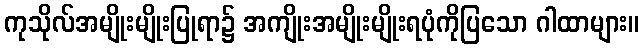
ကုသိုလ်အမျိုးမျိုးပြုရာ၌ အကျိုးအမျိုးမျိုးရပုံကိုပြသော ဂါထာများ။